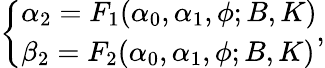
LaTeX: \left\{ \begin{array}{ll}{{\alpha_{2}=F_{1}(\alpha_{0},\alpha_{1},\phi;B,K)}}\\ {{\beta_{2}=F_{2}(\alpha_{0},\alpha_{1},\phi;B,K)}}\end{array}\right.,